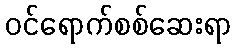
ဝင်ရောက်စစ်ဆေးရာ